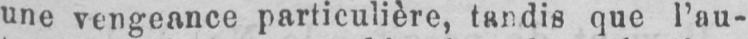
une vengeance particulière, tandis que l’au-